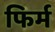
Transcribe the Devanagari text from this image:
फिर्म